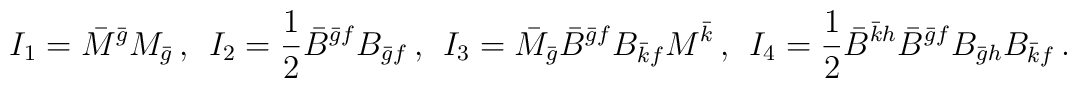
I_1=\bar M^{\bar g} M_{\bar g}\,,\;\, I_2=\frac 1 2 \bar B^{\bar g f} B_{\bar gf}\,,\;\, I_3=\bar M_{\bar g}\bar B^{\bar g f}B_{\bar k f}M^{\bar k}\,,\;\,I_4=\frac 1 2 \bar B^{\bar k h} \bar B^{\bar g f}  B_{\bar g h} B_{\bar k f}\,.